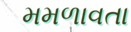
મમળાવતા